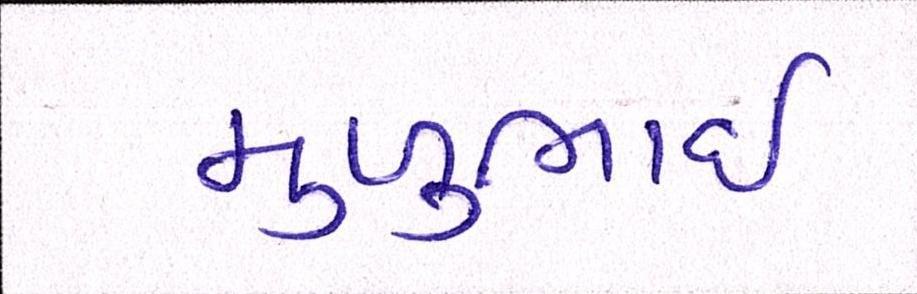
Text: મુળુભાઇ